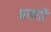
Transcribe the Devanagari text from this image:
प्रसगों